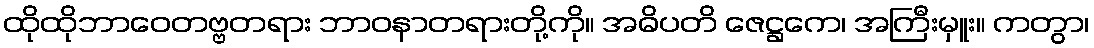
ထိုထိုဘာဝေတဗ္ဗတရား ဘာဝနာတရားတို့ကို။ အဓိပတိ ဇေဋ္ဌကေ၊ အကြီးမှူး။ ကတွာ၊